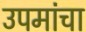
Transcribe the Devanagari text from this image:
उपमांचा